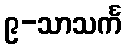
၉-သာသင်္က